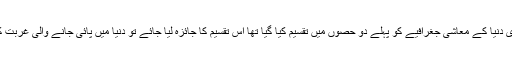
جیسا کہ پہلے بیان کیا گیا ہے کہ پوری دنیا کے معاشی جغرافیے کو پہلے دو حصوں میں تقسیم کیا گیا تھا اس تقسیم کا جائزہ لیا جائے تو دنیا میں پائی جانے والی غربت کے اسباب کھل کر سامنے آ جاتے ہیں۔